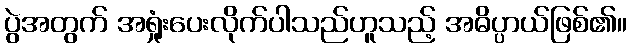
ပွဲအတွက် အရှုံးပေးလိုက်ပါသည်ဟူသည့် အဓိပ္ပာယ်ဖြစ်၏။